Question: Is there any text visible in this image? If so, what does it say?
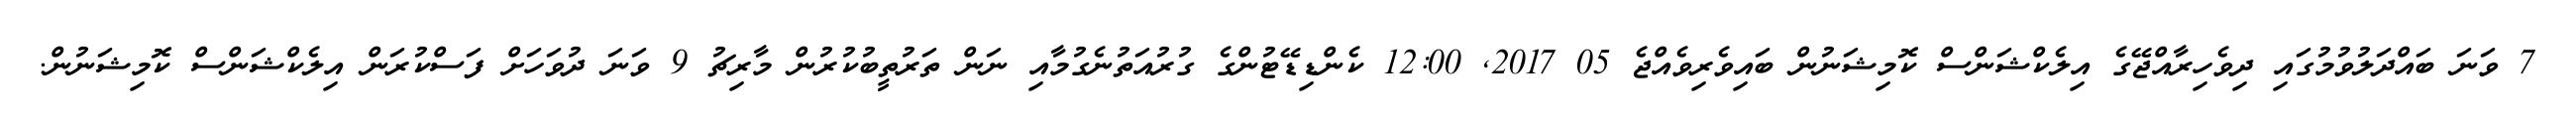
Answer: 7 ވަނަ ބައްދަލުވުމުގައި ދިވެހިރާއްޖޭގެ އިލެކްޝަންސް ކޮމިޝަނުން ބައިވެރިވެއްޖެ 05 2017, 12:00 ކެންޑިޑޭޓުންގެ ގުރުއަތުނެގުމާއި ނަން ތަރުތީބުކުރުން މާރިޗު 9 ވަނަ ދުވަހަށް ފަސްކުރަން އިލެކްޝަންސް ކޮމިޝަނުން.